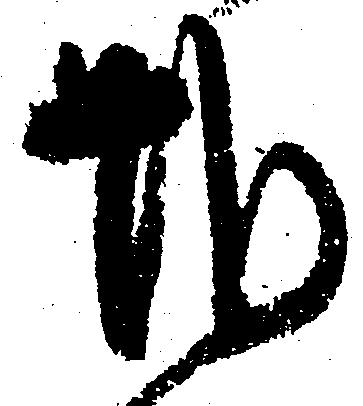
難